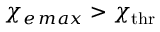
\chi _ { e \, m a x } > \chi _ { \mathrm { t h r } }